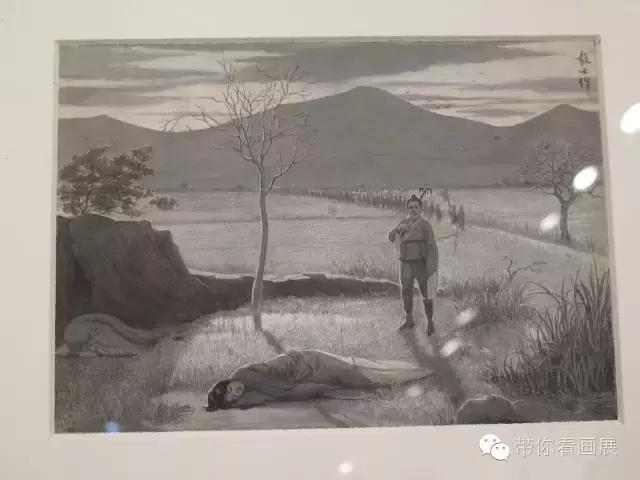
蜀江水碧蜀山青，圣主朝朝暮暮情。